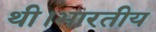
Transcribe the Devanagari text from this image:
थी।भारतीय